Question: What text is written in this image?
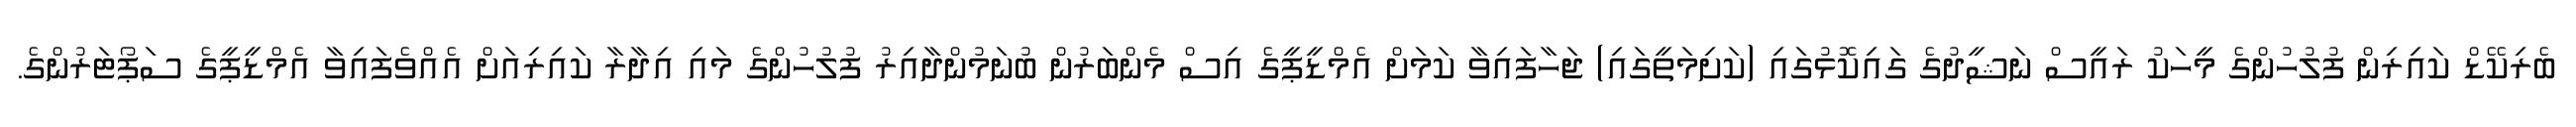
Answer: ބެރިކޭޑް ކައިރިން ފުލުހުންގެ މީހަކު ރައީސް ނަޝީދުގެ ގައިކޮޅުގައި (ކަށިމަތީގައި) ޖަހާފައިވާ ކަމަށް އެމްޑީޕީގެ އިސް މެންބަރުން ބުނަމުންދާއިރު ފުލުހުންގެ މައި އިދާރާ ކައިރިއަށް އެއްވެފައިވާ އެމްޑީޕީގެ ސަޕޯޓަރުންގެ.